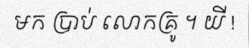
មក ប្រាប់ លោកគ្រូ ។ យី !